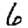
Digit: 6